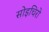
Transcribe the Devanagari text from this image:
सोइचिरो